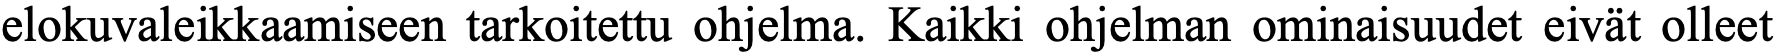
elokuvaleikkaamiseen tarkoitettu ohjelma. Kaikki ohjelman ominaisuudet eivät olleet